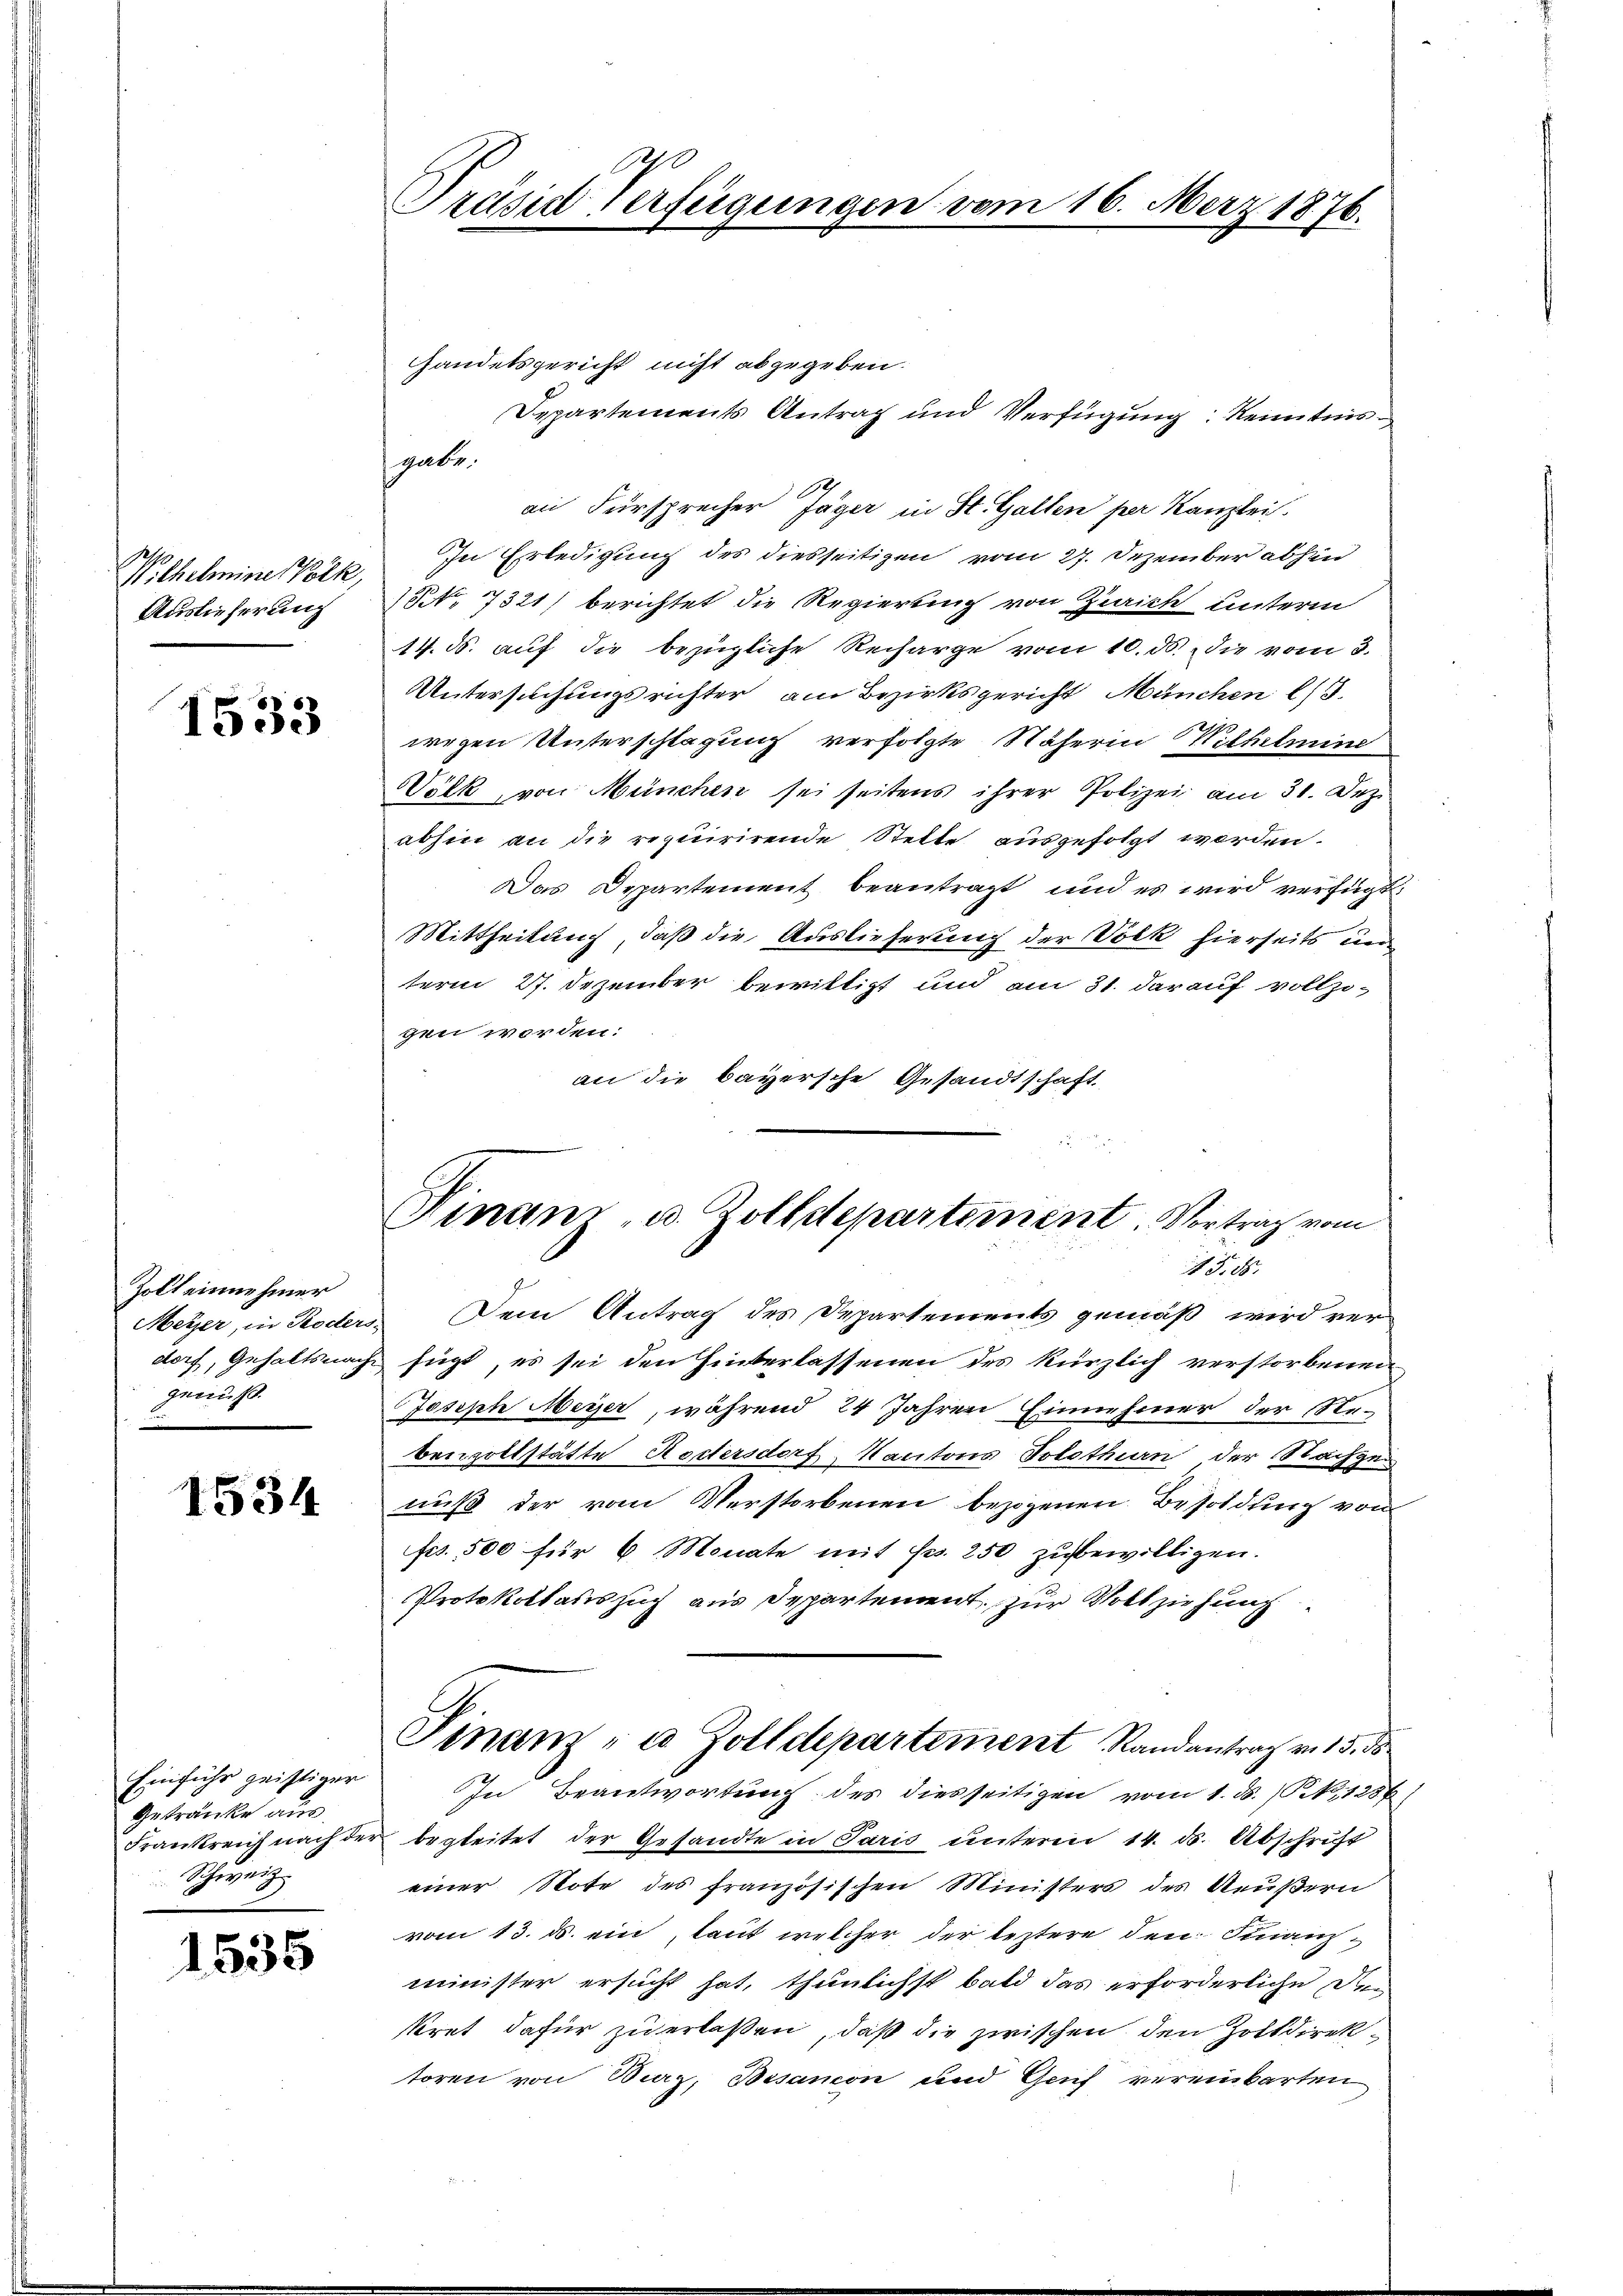
Wochelmine Volk,
Auslieferung

1533

Zolt einnehmer
Meyer, in Koders-
dorf, Gehaltsnach.
geauft.

1534

Einfuhr geistiger
Getränke aus.
Frankreich nach der
Schweiz.

1535

A
Präsidt verfügungen vom 16. März 1876.

Gandelsgericht nicht abgegeben.
Departements Antrag und Verfügung: Kenntnis
gabe
19
an Fürsprecher Jäger in St. Gallen par Kanzlei.
In Erledigung des diesseitigen vom 27. Dezember abhin
NNo. 7321) berichtet die Regierung von Zürich unterm
14. ds. auf die bezügliche Recharge vom 10. ds. die vom 3.
Untersuchungsrichter am Bezirksgericht München l
wegen Unterschlagung verfolgte Näherin Wilhelmine
Völk, von München sei seitens ihrer Polizei am 31. Dez.
abhin an die requirirende Stelle ausgefolgt worden.
Das Departement beantragt, und es wird verfügt
Mittheilung, daß die Auslieferung der Volk hierseits und
term 27. Dezember bewilligt und am 31. darauf vollzigen worden:
an die bayersche Gesandtschaft
45. 85. |
Dem Antrag des Departements gemäß wird verfügt, es sei den Hinterlassenen des kürzlich verstorbenen
Joseph Meyer, während 24 Jahren Einnehmer der Re-
benzollstätte Rodlersdorf, Kantons Solothurn der Nachgenuß der vom Verstorbenen bezogenen Besoldung von
fcs. 500 für 6 Monate mit Fr. 250 zubewilligen.
Protokollariszug aus Departement zur Vollziehung
Finanz- u. Zolldepartement Randantrag v. 15. ds
In Beantwortung des diesseitigen vom 1. ds. No 1286
begleitet der Gesandte in Paris unterm 14. ds. Abschrift
einer Note des französischen Ministers des Aeußern
vom 13. ds. ein, laut welcher der leztere den Finanzminister ersucht hat, thunlichst bald das erforderliche Dekret dafür zu erlassen, daß die zwischen den Zolldirektoren von Bierz, Besamon und Genf vereinbarten

Finanz- u. Zolldepartement. Vortrag vom